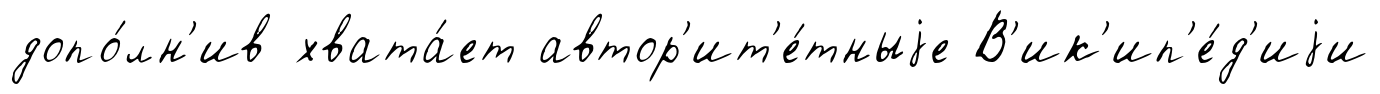
допо́лн'ив хвата́ет автор'ит'е́тныjе В'ик'ип'е́д'иjи